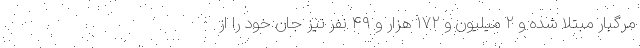
مرگبار مبتلا شده و ۲ میلیون و ۱۷۲ هزار و ۴۹ نفر نیز جان خود را از